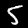
Label: 5